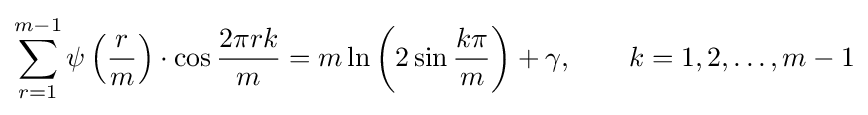
\sum _{r=1}^{m-1}\psi \left({\frac {r}{m}}\right)\cdot \cos {\dfrac {2\pi rk}{m}}=m\ln \left(2\sin {\frac {k\pi }{m}}\right)+\gamma ,\qquad k=1,2,\ldots ,m-1